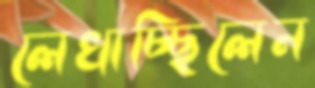
লেখাচ্ছিলেন